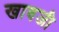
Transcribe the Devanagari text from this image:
खावजी